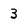
Character: 3